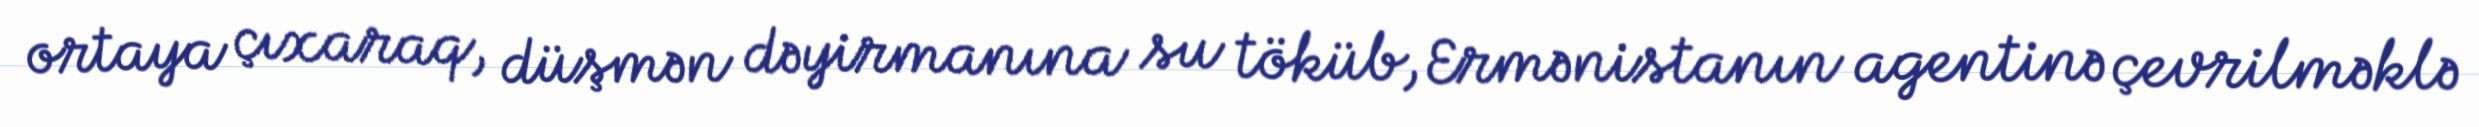
ortaya çıxaraq, düşmən dəyirmanına su töküb, Ermənistanın agentinə çevrilməklə